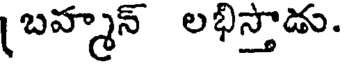
బహ్మన్ లభిస్తాడు.